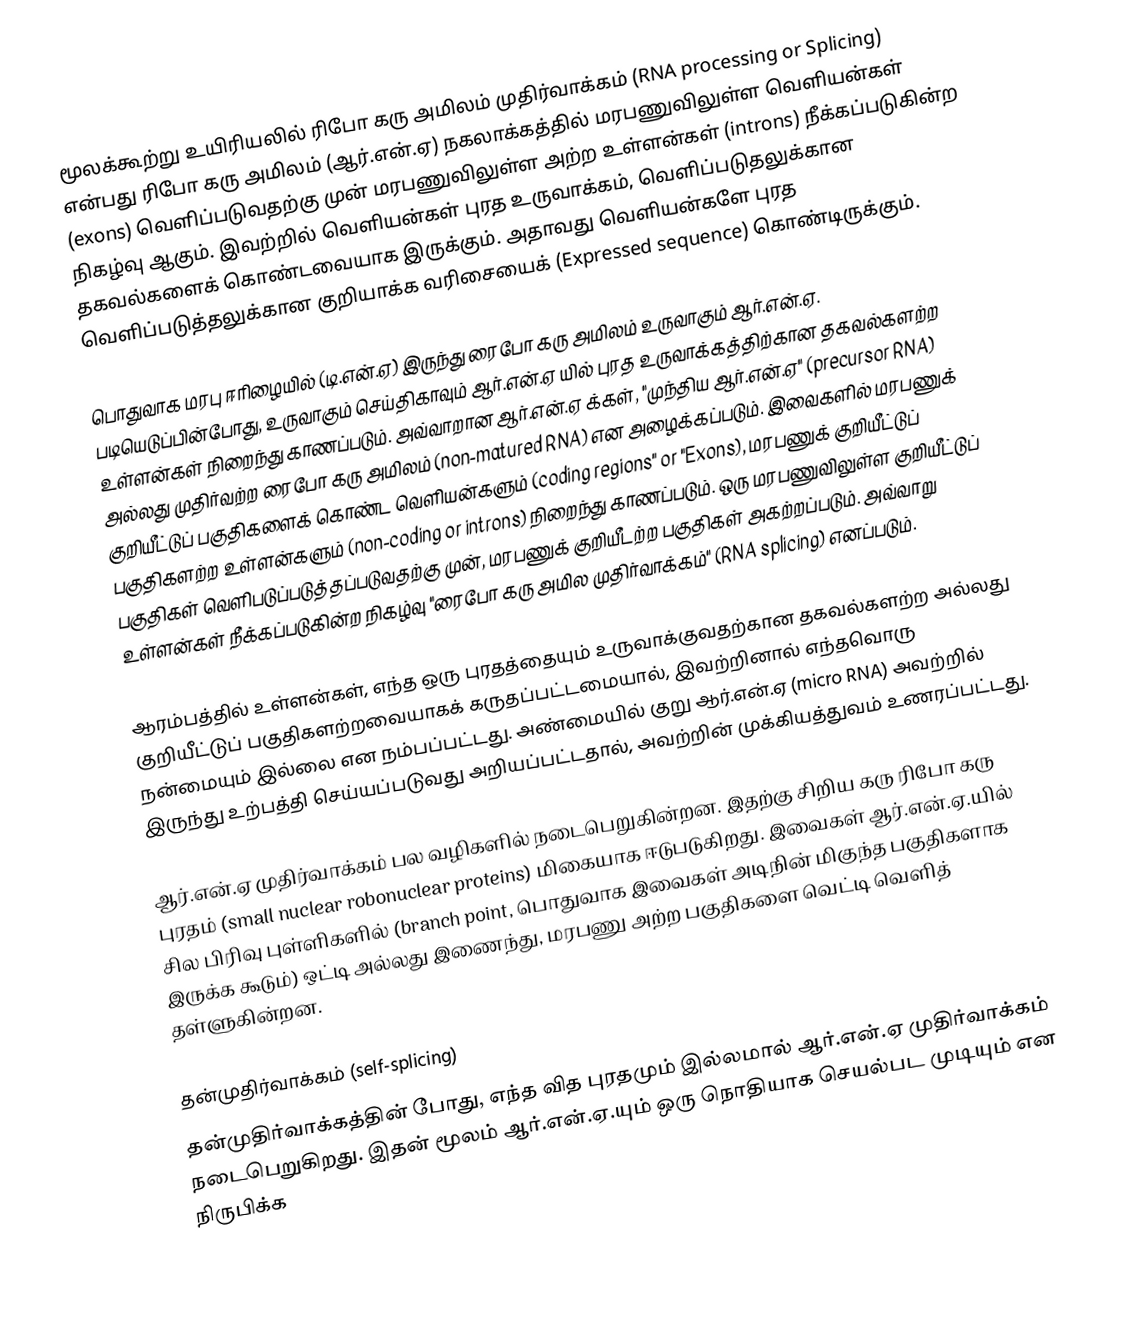
மூலக்கூற்று உயிரியலில் ரிபோ கரு அமிலம் முதிர்வாக்கம் (RNA processing or Splicing) என்பது ரிபோ கரு அமிலம் (ஆர்.என்.ஏ) நகலாக்கத்தில் மரபணுவிலுள்ள வெளியன்கள் (exons) வெளிப்படுவதற்கு முன் மரபணுவிலுள்ள அற்ற உள்ளன்கள் (introns) நீக்கப்படுகின்ற நிகழ்வு ஆகும். இவற்றில் வெளியன்கள் புரத உருவாக்கம், வெளிப்படுதலுக்கான தகவல்களைக் கொண்டவையாக இருக்கும். அதாவது வெளியன்களே புரத வெளிப்படுத்தலுக்கான குறியாக்க வரிசையைக் (Expressed sequence) கொண்டிருக்கும்.

பொதுவாக மரபு ஈரிழையில் (டி.என்.ஏ) இருந்து ரைபோ கரு அமிலம் உருவாகும் ஆர்.என்.ஏ. படியெடுப்பின்போது, உருவாகும் செய்திகாவும் ஆர்.என்.ஏ யில்  புரத உருவாக்கத்திற்கான தகவல்களற்ற உள்ளன்கள் நிறைந்து காணப்படும். அவ்வாறான ஆர்.என்.ஏ க்கள், "முந்திய ஆர்.என்.ஏ" (precursor RNA) அல்லது முதிர்வற்ற ரைபோ கரு அமிலம் (non-matured RNA) என அழைக்கப்படும். இவைகளில் மரபணுக் குறியீட்டுப் பகுதிகளைக் கொண்ட வெளியன்களும் (coding regions" or "Exons), மரபணுக் குறியீட்டுப் பகுதிகளற்ற உள்ளன்களும் (non-coding or introns) நிறைந்து காணப்படும். ஒரு மரபணுவிலுள்ள குறியீட்டுப் பகுதிகள் வெளிபடுப்படுத்தப்படுவதற்கு முன், மரபணுக் குறியீடற்ற பகுதிகள் அகற்றப்படும். அவ்வாறு உள்ளன்கள் நீக்கப்படுகின்ற நிகழ்வு "ரைபோ கரு அமில முதிர்வாக்கம்" (RNA splicing) எனப்படும்.

ஆரம்பத்தில் உள்ளன்கள், எந்த ஒரு புரதத்தையும் உருவாக்குவதற்கான தகவல்களற்ற அல்லது குறியீட்டுப் பகுதிகளற்றவையாகக் கருதப்பட்டமையால், இவற்றினால் எந்தவொரு நன்மையும் இல்லை என நம்பப்பட்டது. அண்மையில் குறு ஆர்.என்.ஏ (micro RNA) அவற்றில் இருந்து உற்பத்தி செய்யப்படுவது அறியப்பட்டதால், அவற்றின் முக்கியத்துவம் உணரப்பட்டது.

ஆர்.என்.ஏ முதிர்வாக்கம் பல வழிகளில் நடைபெறுகின்றன. இதற்கு சிறிய கரு ரிபோ கரு புரதம் (small nuclear robonuclear proteins) மிகையாக ஈடுபடுகிறது. இவைகள் ஆர்.என்.ஏ.யில் சில பிரிவு புள்ளிகளில் (branch point, பொதுவாக இவைகள் அடிநின் மிகுந்த பகுதிகளாக இருக்க கூடும்) ஒட்டி அல்லது இணைந்து, மரபணு அற்ற பகுதிகளை வெட்டி வெளித் தள்ளுகின்றன.

தன்முதிர்வாக்கம் (self-splicing)
தன்முதிர்வாக்கத்தின் போது, எந்த வித புரதமும் இல்லமால் ஆர்.என்.ஏ முதிர்வாக்கம் நடைபெறுகிறது. இதன் மூலம் ஆர்.என்.ஏ.யும் ஒரு நொதியாக செயல்பட முடியும் என நிருபிக்க